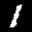
Label: 1